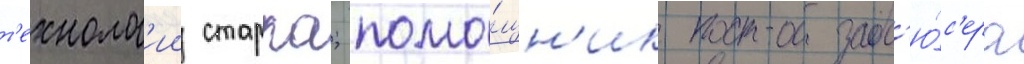
т'ехнолог'ии старка; помо́щн'ик прод'ю́с'ера